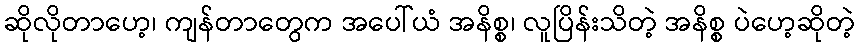
ဆိုလိုတာဟေ့၊ ကျန်တာတွေက အပေါ်ယံ အနိစ္စ၊ လူပြိန်းသိတဲ့ အနိစ္စ ပဲဟေ့ဆိုတဲ့